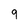
Character: 9